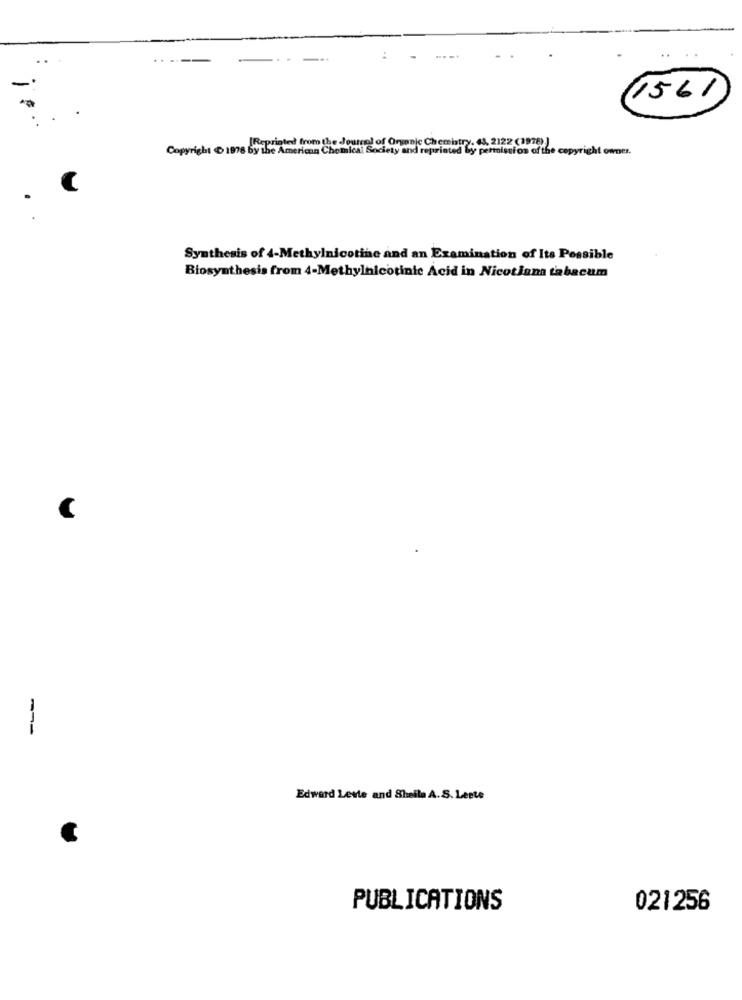
Reprinted from the Journal of Organic Chemistry. 63, 2122 (1978) )
Copyright & 1978 by the American Chemical Society and reprinted by permission of the copyright owner.
Synthesis of 4-Methylnicotine and an Examination of Its Possible
Biosynthesis from 4-Methylnicotinic Acid in Nicotiana tabacum
Edward Lente and Sheila A.S. Leete
PUBLICATIONS
021256